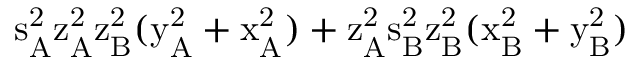
\mathrm { s _ { A } ^ { 2 } \mathrm { z _ { A } ^ { 2 } \mathrm { z _ { B } ^ { 2 } ( \mathrm { y _ { A } ^ { 2 } + \mathrm { x _ { A } ^ { 2 } ) + \mathrm { z _ { A } ^ { 2 } \mathrm { s _ { B } ^ { 2 } \mathrm { z _ { B } ^ { 2 } ( \mathrm { x _ { B } ^ { 2 } + \mathrm { y _ { B } ^ { 2 } ) } } } } } } } } } }